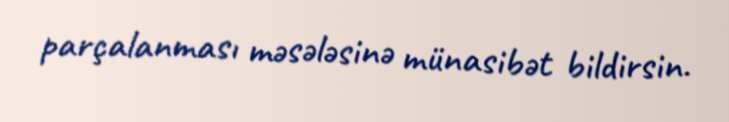
parçalanması məsələsinə münasibət bildirsin.